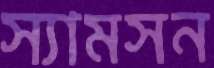
স্যামসন